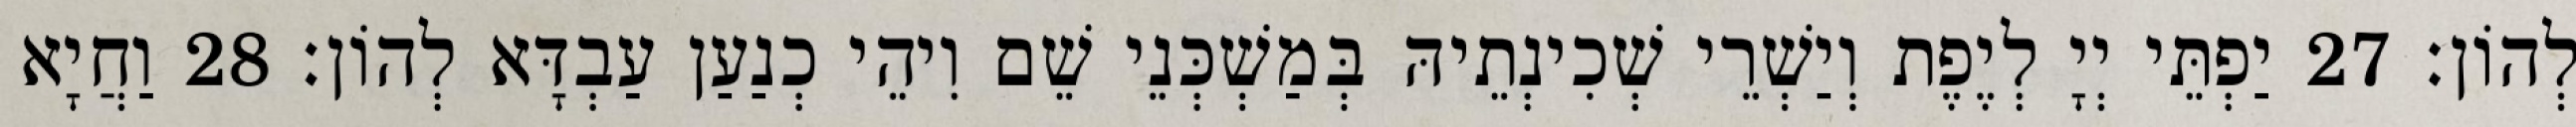
לְהוֹן׃ 27 יַפְתֵּי יְיָ לְיֶפֶת וְיַשְׁרֵי שְׁכִינְתֵיהּ בְּמַשְׁכְּנֵי שֵׁם וִיהֵי כְנַעַן עַבְדָּא לְהוֹן׃ 28 וַחֲיָא